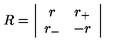
R = \left| \begin{array} { c c } { r } & { r _ { + } } \\ { r _ { - } } & { - r } \\ \end{array} \right|